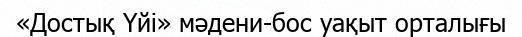
«Достық Үйі» мәдени-бос уақыт орталығы